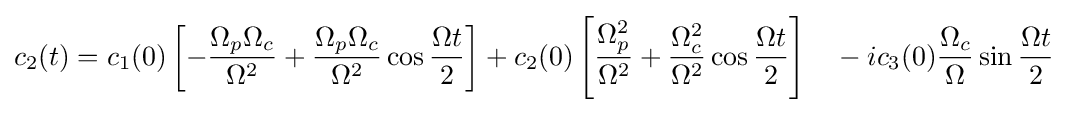
c_{2}(t)=c_{1}(0)\left[-{\frac {\Omega _{p}\Omega _{c}}{\Omega ^{2}}}+{\frac {\Omega _{p}\Omega _{c}}{\Omega ^{2}}}\cos {\frac {\Omega t}{2}}\right]+c_{2}(0)\left[{\frac {\Omega _{p}^{2}}{\Omega ^{2}}}+{\frac {\Omega _{c}^{2}}{\Omega ^{2}}}\cos {\frac {\Omega t}{2}}\right]\quad -ic_{3}(0){\frac {\Omega _{c}}{\Omega }}\sin {\frac {\Omega t}{2}}